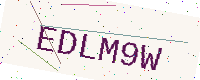
Text: EDLM9W